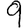
Digit: 9